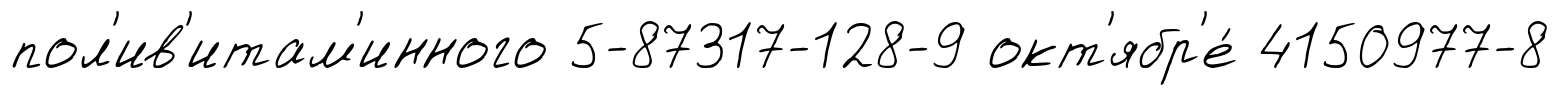
пол'ив'итам'инного 5-87317-128-9 окт'ябр'е́ 4150977-8